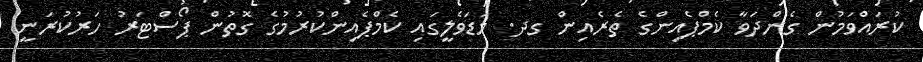
ކުރައްވަމުން ގެންދަވާ ކެމްޕެއިންގެ ތެރެއިން ގދ. މަޑަވެލީގައި ކެމްޕެއިންކުރުމުގެ ގޮތުން ޕޯސްޓަރު ހަރުކުރަނީ